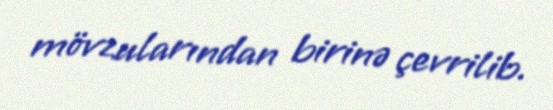
mövzularından birinə çevrilib.